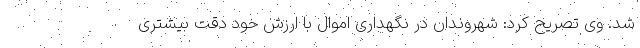
شد. وی تصریح کرد: شهروندان در نگهداری اموال با ارزش خود دقت بیشتری